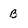
Character: B